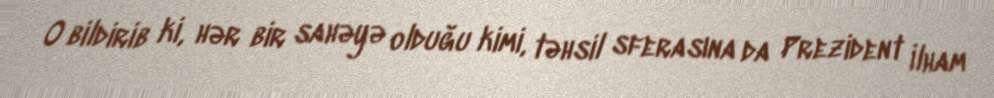
O bildirib ki, hər bir sahəyə olduğu kimi, təhsil sferasına da Prezident İlham